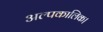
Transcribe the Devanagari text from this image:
अल्पकालिक।